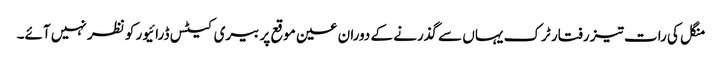
منگل کی رات تیز رفتار ٹرک یہاں سے گذرنے کے دوران عین موقع پر بیری کیٹس ڈرائیور کو نظر نہیں آئے۔